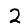
Digit: 2